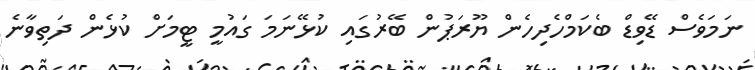
ނަމަވެސް ޑޭވިޑް ބެކަމްހެދިހެން ޔޫރަޕުން ބޭރުގައި ކުޅޭނަމަ ގައުމީ ޓީމަށް ކުޅެން ދަތިވާނެ